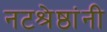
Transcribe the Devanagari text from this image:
नटश्रेष्ठांनी